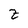
Character: Z